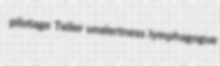
pilotage Teller unalertness lymphagogue